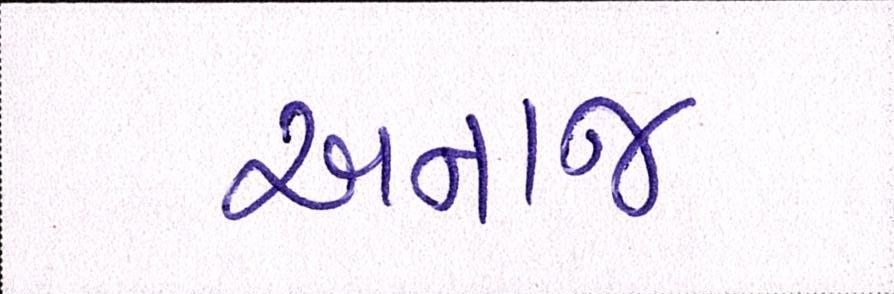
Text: અનાજ